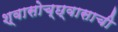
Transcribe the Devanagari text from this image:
श्वासोच्छ्वासाची